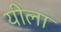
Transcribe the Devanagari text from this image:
यीला